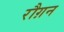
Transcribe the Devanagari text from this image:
रौग़न